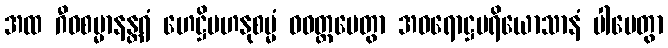
အထ ဂီဝစမ္မာနန္တရံ ဟေဋ္ဌိမဟနုစမ္မံ ဝဝတ္ထပေတွာ အဓရောဋ္ဌပရိယောသာနံ ပါပေတွာ